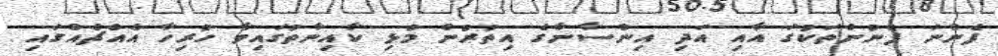
ފެންނަ ފެނުންތަކުގަ އާއި އަދި އިންސާނާގެ އިތުރުން މުޅި ކާއިނާތުގައިވާ ހުރިހާ އެއްޗެއްގައި